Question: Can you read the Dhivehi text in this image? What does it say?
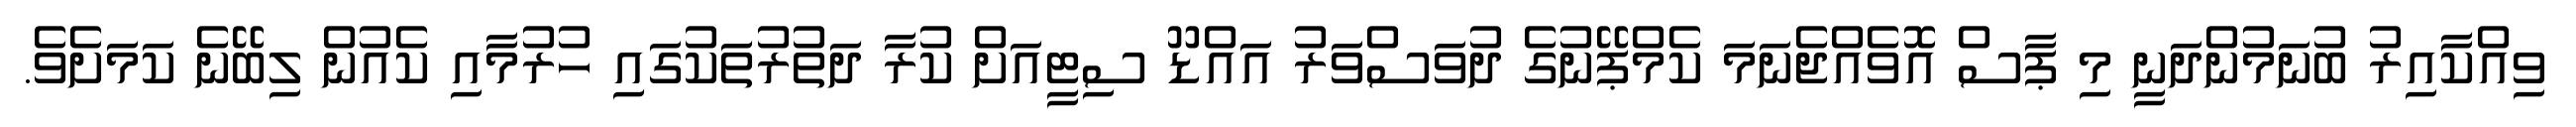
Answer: ވިއްކާއިރު ބުނަމުންދަނީ މި ޕާސް އޮވެއްޖެނަމަ ކެމްޕޭނުގެ ދުވަސްވަރު އައްޑޫ ސިޓީއަށް ކުރާ ދަތުރުތަކުގައި ހުރުމާއި ކެއުން ލިބޭނެ ކަމަށެވެ.